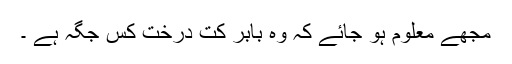
مجھے معلوم ہو جائے کہ وہ بابر کت درخت کس جگہ ہے ۔